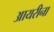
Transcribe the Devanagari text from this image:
आयरीना